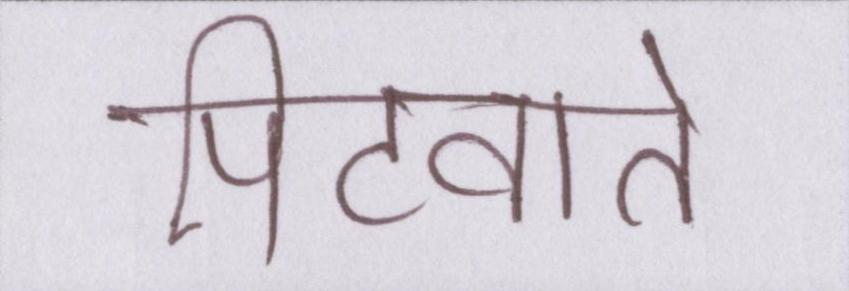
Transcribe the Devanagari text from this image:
पिटवाते